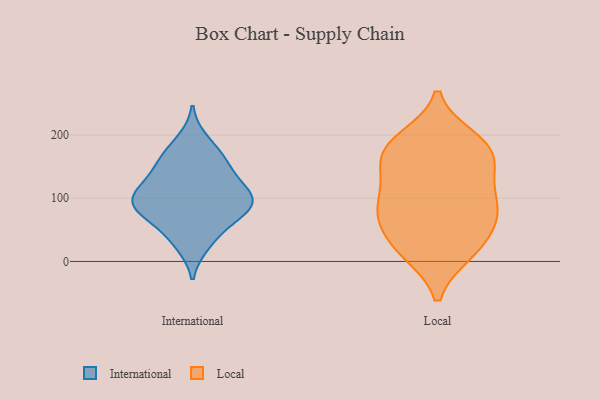
{"axis": {"x": "Page Views", "y": "Value"}, "legend": ["International", "Local"], "data": [{"x": "", "y": 95, "type": "International"}, {"x": "", "y": 140, "type": "International"}, {"x": "", "y": 92, "type": "International"}, {"x": "", "y": 68, "type": "International"}, {"x": "", "y": 123, "type": "International"}, {"x": "", "y": 164, "type": "International"}, {"x": "", "y": 35, "type": "International"}, {"x": "", "y": 102, "type": "International"}, {"x": "", "y": 96, "type": "International"}, {"x": "", "y": 168, "type": "International"}, {"x": "", "y": 69, "type": "International"}, {"x": "", "y": 113, "type": "International"}, {"x": "", "y": 148, "type": "International"}, {"x": "", "y": 191, "type": "International"}, {"x": "", "y": 78, "type": "International"}, {"x": "", "y": 95, "type": "International"}, {"x": "", "y": 27, "type": "International"}, {"x": "", "y": 61, "type": "Local"}, {"x": "", "y": 194, "type": "Local"}, {"x": "", "y": 95, "type": "Local"}, {"x": "", "y": 70, "type": "Local"}, {"x": "", "y": 188, "type": "Local"}, {"x": "", "y": 74, "type": "Local"}, {"x": "", "y": 105, "type": "Local"}, {"x": "", "y": 13, "type": "Local"}, {"x": "", "y": 140, "type": "Local"}, {"x": "", "y": 44, "type": "Local"}, {"x": "", "y": 17, "type": "Local"}, {"x": "", "y": 82, "type": "Local"}, {"x": "", "y": 165, "type": "Local"}, {"x": "", "y": 158, "type": "Local"}, {"x": "", "y": 123, "type": "Local"}, {"x": "", "y": 184, "type": "Local"}, {"x": "", "y": 175, "type": "Local"}, {"x": "", "y": 13, "type": "Local"}]}